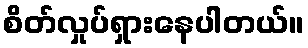
စိတ်လှုပ်ရှားနေပါတယ်။